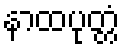
နာထပုတ္တံ